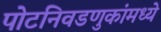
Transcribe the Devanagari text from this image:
पोटनिवडणुकांमध्ये